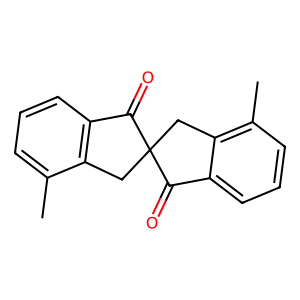
SMILES: Cc1cccc2c1CC1(Cc3c(C)cccc3C1=O)C2=O
Inhibits HIV replication: No